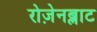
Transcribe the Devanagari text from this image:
रोज़ेनब्लाट